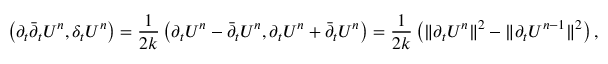
\left( \partial _ { t } { \bar { \partial } } _ { t } U ^ { n } , \delta _ { t } U ^ { n } \right) = \frac { 1 } { 2 k } \left( \partial _ { t } U ^ { n } - { \bar { \partial } } _ { t } U ^ { n } , \partial _ { t } U ^ { n } + { \bar { \partial } } _ { t } U ^ { n } \right) = \frac { 1 } { 2 k } \left( \| \partial _ { t } U ^ { n } \| ^ { 2 } - \| \partial _ { t } U ^ { n - 1 } \| ^ { 2 } \right) ,